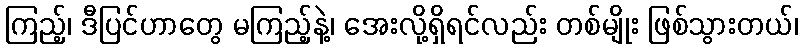
ကြည့်၊ ဒီပြင်ဟာတွေ မကြည့်နဲ့၊ အေးလို့ရှိရင်လည်း တစ်မျိုး ဖြစ်သွားတယ်၊